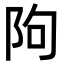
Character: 䧁